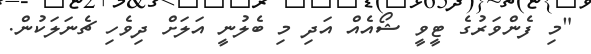
"މި ފެންވަރުގެ ޓީވީ ޝޯއެއް އަދި މި ބެލުނީ އަލަށް ދިވެހި ޗެނަލަކުން.